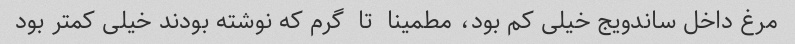
مرغ داخل ساندویج خیلی کم بود، مطمینا  تا  گرم که نوشته بودند خیلی کمتر بود